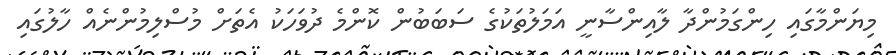
މިޔަންމާގައި ހިންގަމުންދާ ލާއިންސާނީ އަމަލުތަކުގެ ސަބަބުން ކޮންމެ ދުވަހަކު އެތަށް މުސްލިމުންނެއް ހާލުގައި